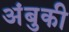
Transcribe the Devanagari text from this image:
अंबुकी